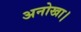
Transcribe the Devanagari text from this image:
अनोखा।